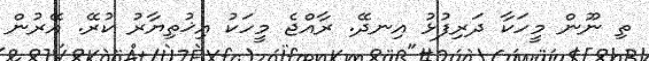
ތި ނޫން މީހަކާ ދަރިފުޅު އިނދޭ. ރާއްޖެ މީހަކު އިޚުތިޔާރު ކުރޭ. އޭރުން